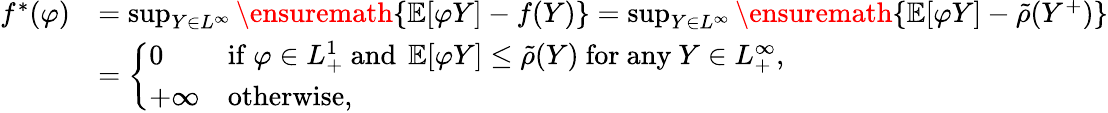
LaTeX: \begin{array}{rl}{f^{*}(\varphi)}&{=\operatorname*{sup}_{Y\in L^{\infty}}\ensuremath{\left\{ \operatorname{\mathbb{E}}[\varphi Y]-f(Y)\right\} }=\operatorname*{sup}_{Y\in L^{\infty}}\ensuremath{\left\{ \operatorname{\mathbb{E}}[\varphi Y]-\tilde{\rho}(Y^{+})\right\} }}\\ &{=\left\{ \begin{array}{ll}{0}&{\mathrm{if~}\varphi\in L_{+}^{1}\mathrm{~and~}\operatorname{\mathbb{E}}[\varphi Y]\leq\tilde{\rho}(Y)\mathrm{~for~any~}Y\in L_{+}^{\infty},}\\ {+\infty}&{\mathrm{otherwise},}\end{array}\right.}\end{array}